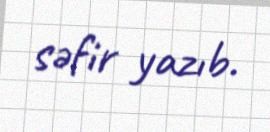
səfir yazıb.